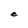
Character: e